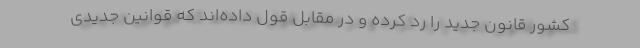
کشور قانون جدید را رد کرده و در مقابل قول داده‌اند که قوانین جدیدی